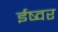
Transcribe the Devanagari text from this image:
ईष्वर